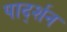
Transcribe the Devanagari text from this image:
पार्द्शन